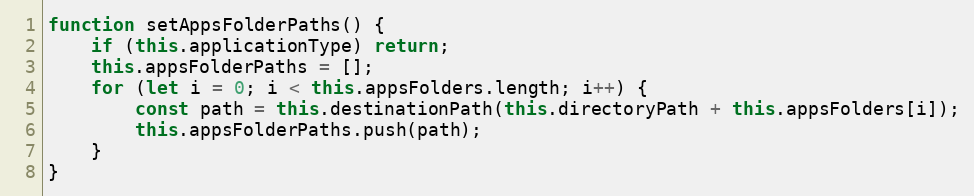
Language: JavaScript
function setAppsFolderPaths() {
    if (this.applicationType) return;
    this.appsFolderPaths = [];
    for (let i = 0; i < this.appsFolders.length; i++) {
        const path = this.destinationPath(this.directoryPath + this.appsFolders[i]);
        this.appsFolderPaths.push(path);
    }
}